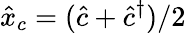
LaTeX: \hat{x}_{c}=(\hat{c}+\hat{c}^{\dagger})/2